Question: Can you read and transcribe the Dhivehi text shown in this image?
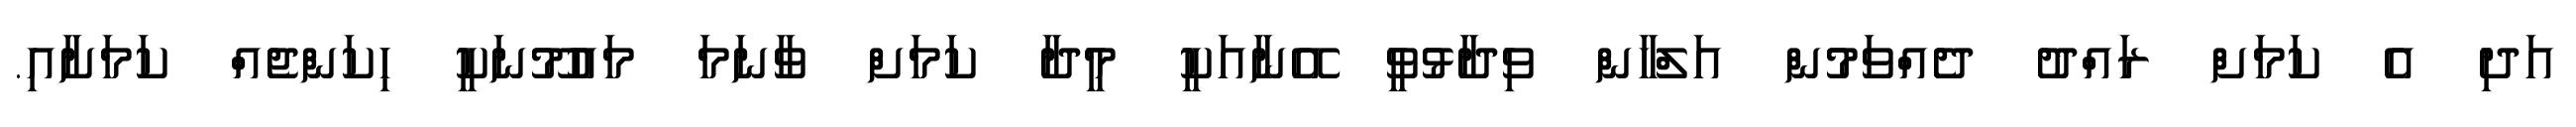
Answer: އަދި އެ ކަމަށް ރައްދު ދެއްވަމުން އަލްހާން ވިދާޅުވީ އޭނާއަކީ މީދާ ކަމަށް ވާނަމަ މައުމޫނަކީ ހިކަންޖެއް ކަމަށާއި.